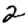
Digit: 2